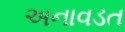
અનાવડત